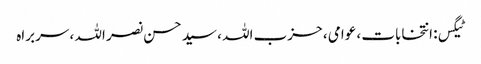
ٹیگس: انتخابات ، عوامی ، حزب اللہ ، سید حسن نصر اللہ ، سربراہ